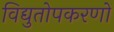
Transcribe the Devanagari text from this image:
विद्युतोपकरणों